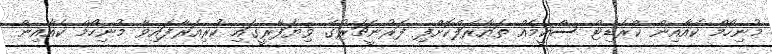
މުނިހޯމް ކެއާއިން ކްރެޑިޓް ސްކީމެއް ތައާރަފްކޮށްފި ފަރުނީޗަރުގެ ވިޔަފާރީގައި ކުރިއަރާފައިވާ މުނިހޯމް ކެއާއިން